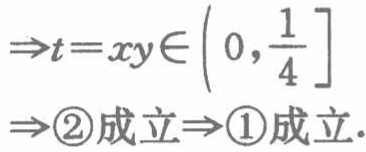
\[\Rightarrow t = xy\in\left(0,\frac{1}{4}\right]\\

\Rightarrow\textcircled{2}\text{成立}\Rightarrow\textcircled{1}\text{成立}.\]